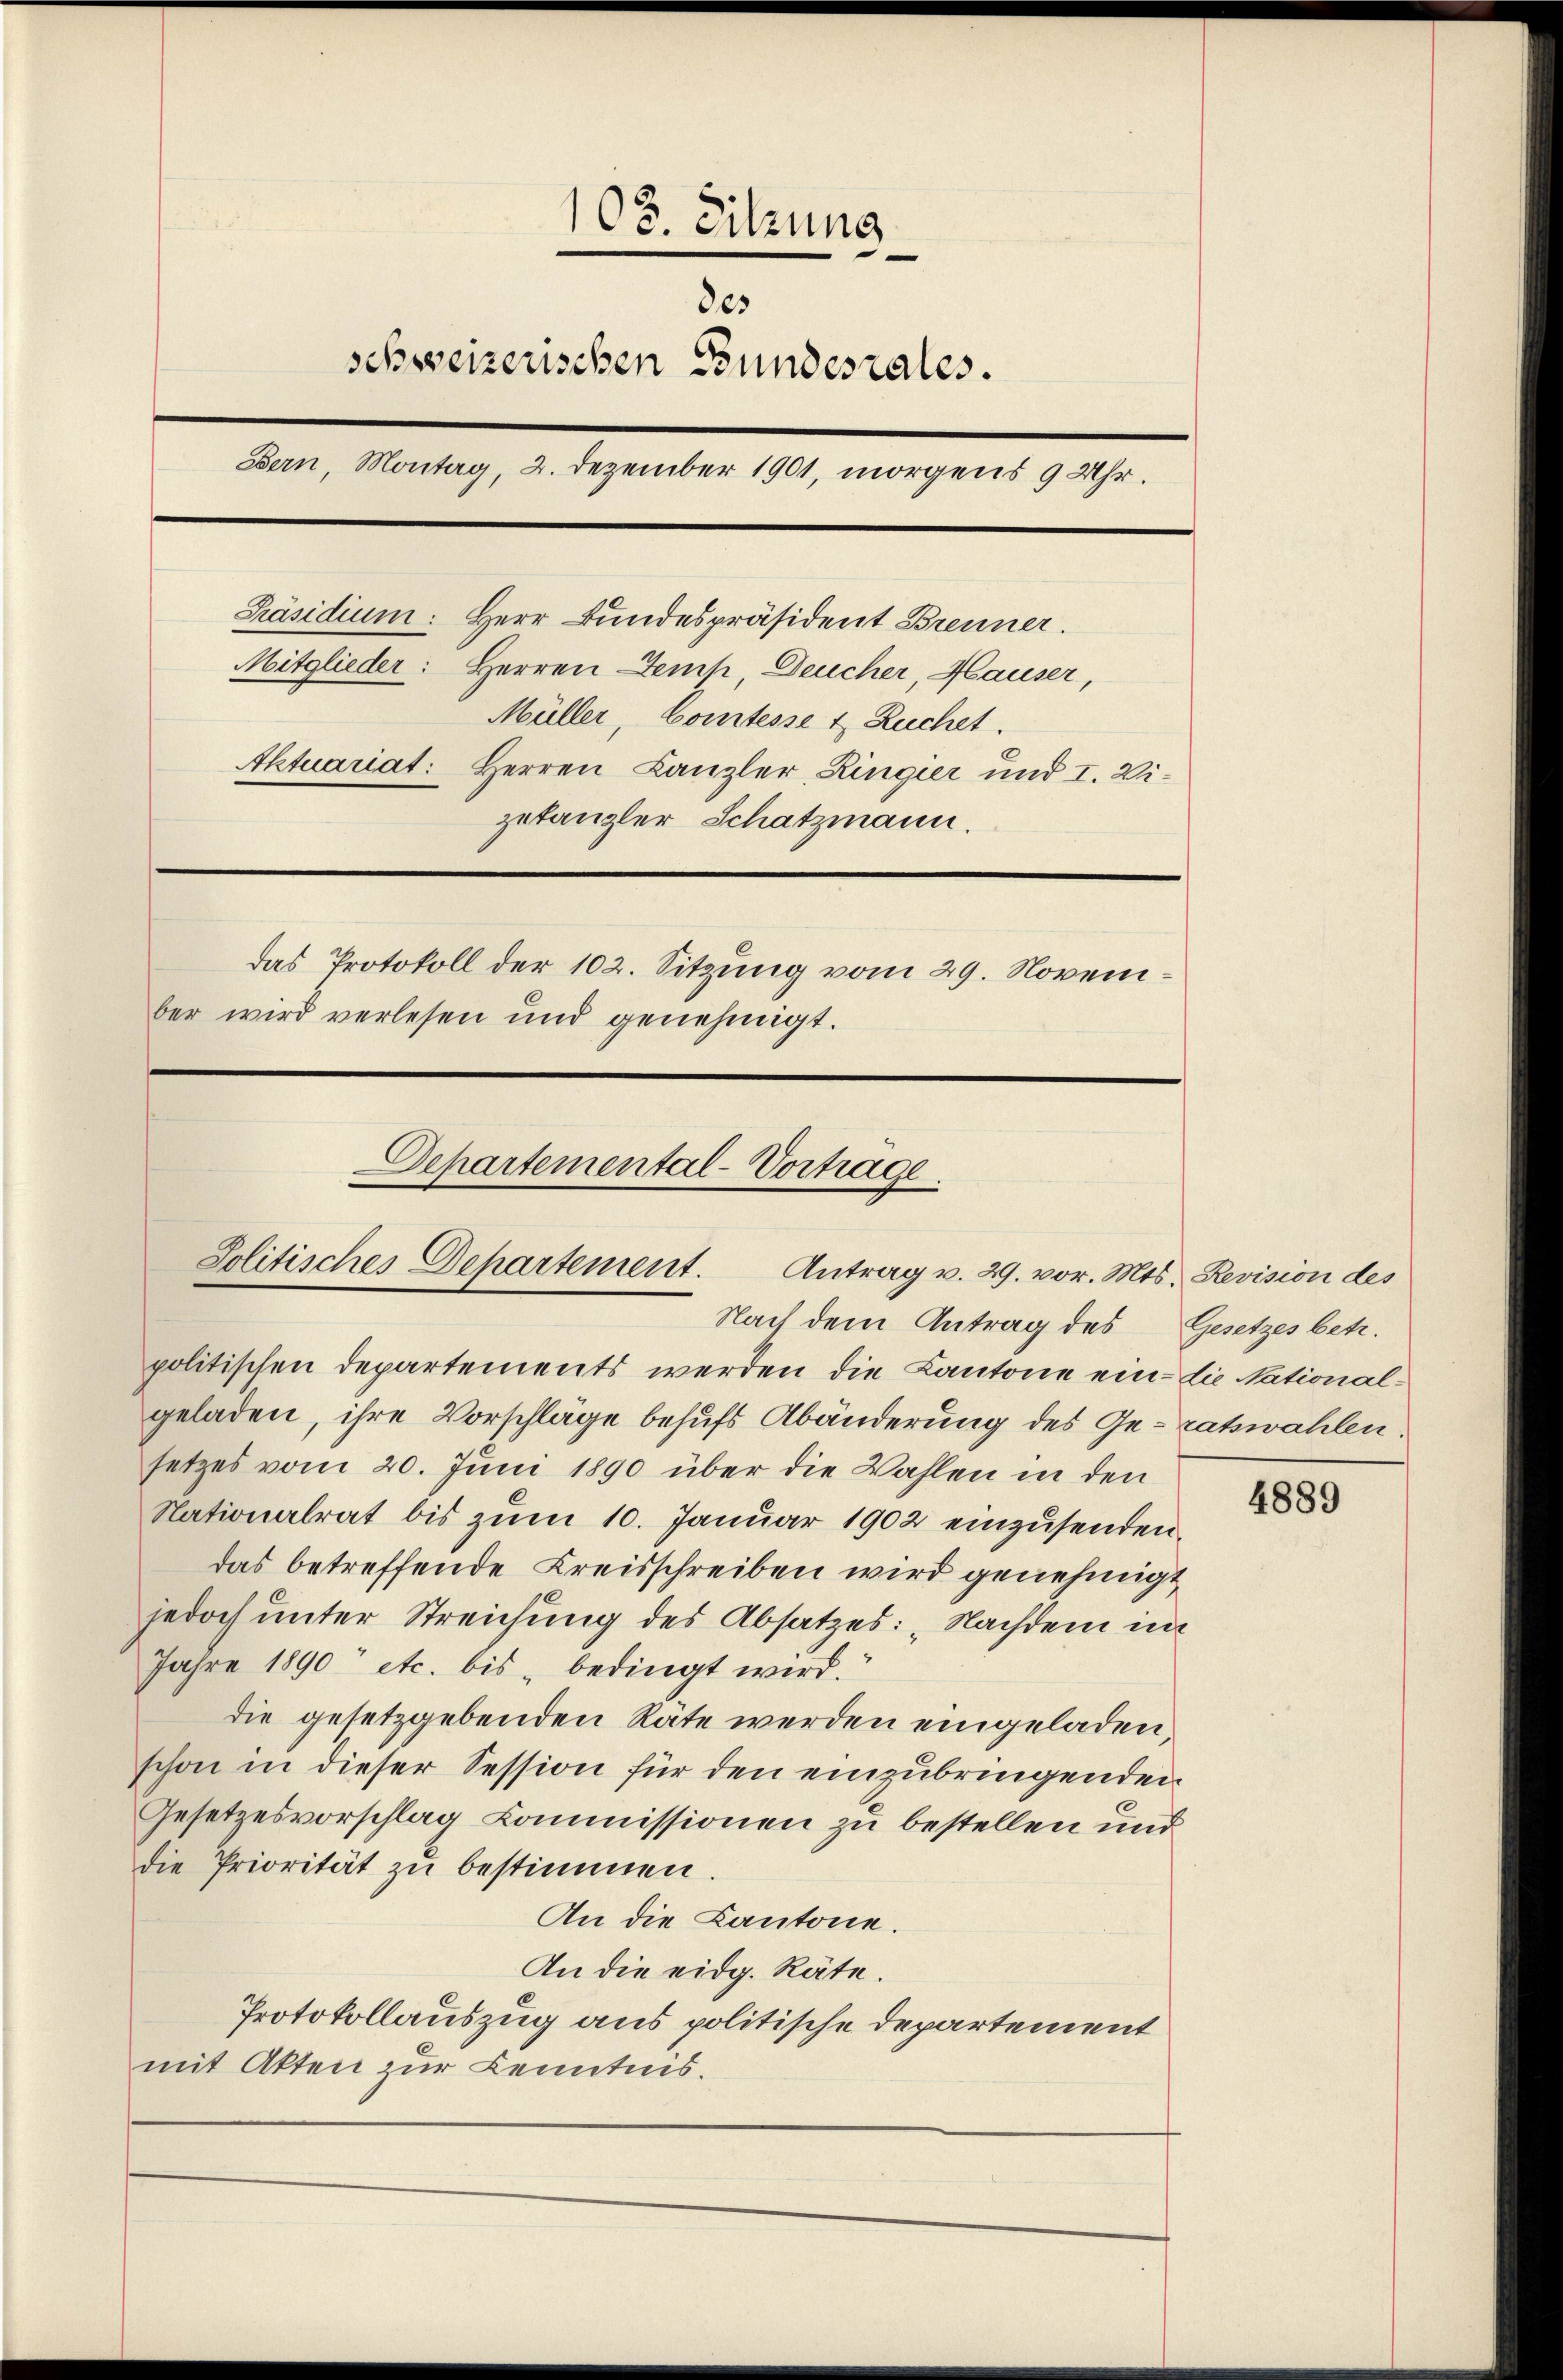
politischen Departements werden die Kantone ein die Nationalgeladen, ihre Vorschlage behufs Abänderung des Ge- ratswahlen.
setzes vom 20. Juni 1890 über die Wahlen in den
Nationalrat bis zum 10. Januar 1902 einzusenden.
das betreffende Kreisschreiben wird genehmigt
jedoch unter Streichung des Absatzes: „Nachdem im
Jahre 1890 etc. bis „bedingt wird.
die gesetzgebenden Räte werden eingeladen,
schon in dieser Session für den einzubringenden
Gesetzesvorschlag Commissionen zu bestellen und
die Priorität zŭ bestimmen.
An die Kantone.
An die eidg. Räte.
Protokollauszug aus politische Departement
mit Akten zur Kenntnis.

108. Sitzung
des
schweizerischen Bundesrates.
Bern, Montag, 2. Dezember 1901, morgens 9 Uhr.
Präsidium: Herr Bundespräsident Brenner.
Mitglieder: Herren Temp, Deucher, Hauser,
Müller, Comtesse & Ruchet.
Aktuariat: Herren Kanzler, Ringier und I. Wizetanzler Schatzmann.
Das Protokoll der 102. Sitzung vom 29. November wird verlesen und genehmigt.

Departemental-Vorträge.
Jolitisches Departement. Antrag v. 29. vor. Mts. Revision des
Nach dem Antrag des Gesetzes betr.

4889